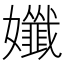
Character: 孅